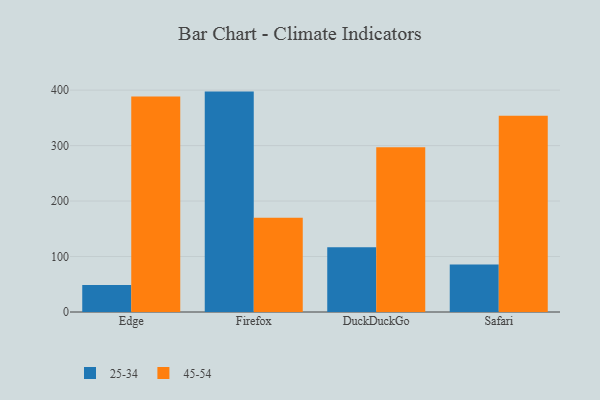
{"axis": {"x": "Browser", "y": "Revenue (USD Million)"}, "legend": ["25-34", "45-54"], "data": [{"x": "Edge", "y": 48.7, "type": "25-34"}, {"x": "Edge", "y": 388.5, "type": "45-54"}, {"x": "Firefox", "y": 397.3, "type": "25-34"}, {"x": "Firefox", "y": 170.0, "type": "45-54"}, {"x": "DuckDuckGo", "y": 116.8, "type": "25-34"}, {"x": "DuckDuckGo", "y": 296.9, "type": "45-54"}, {"x": "Safari", "y": 85.6, "type": "25-34"}, {"x": "Safari", "y": 353.9, "type": "45-54"}]}